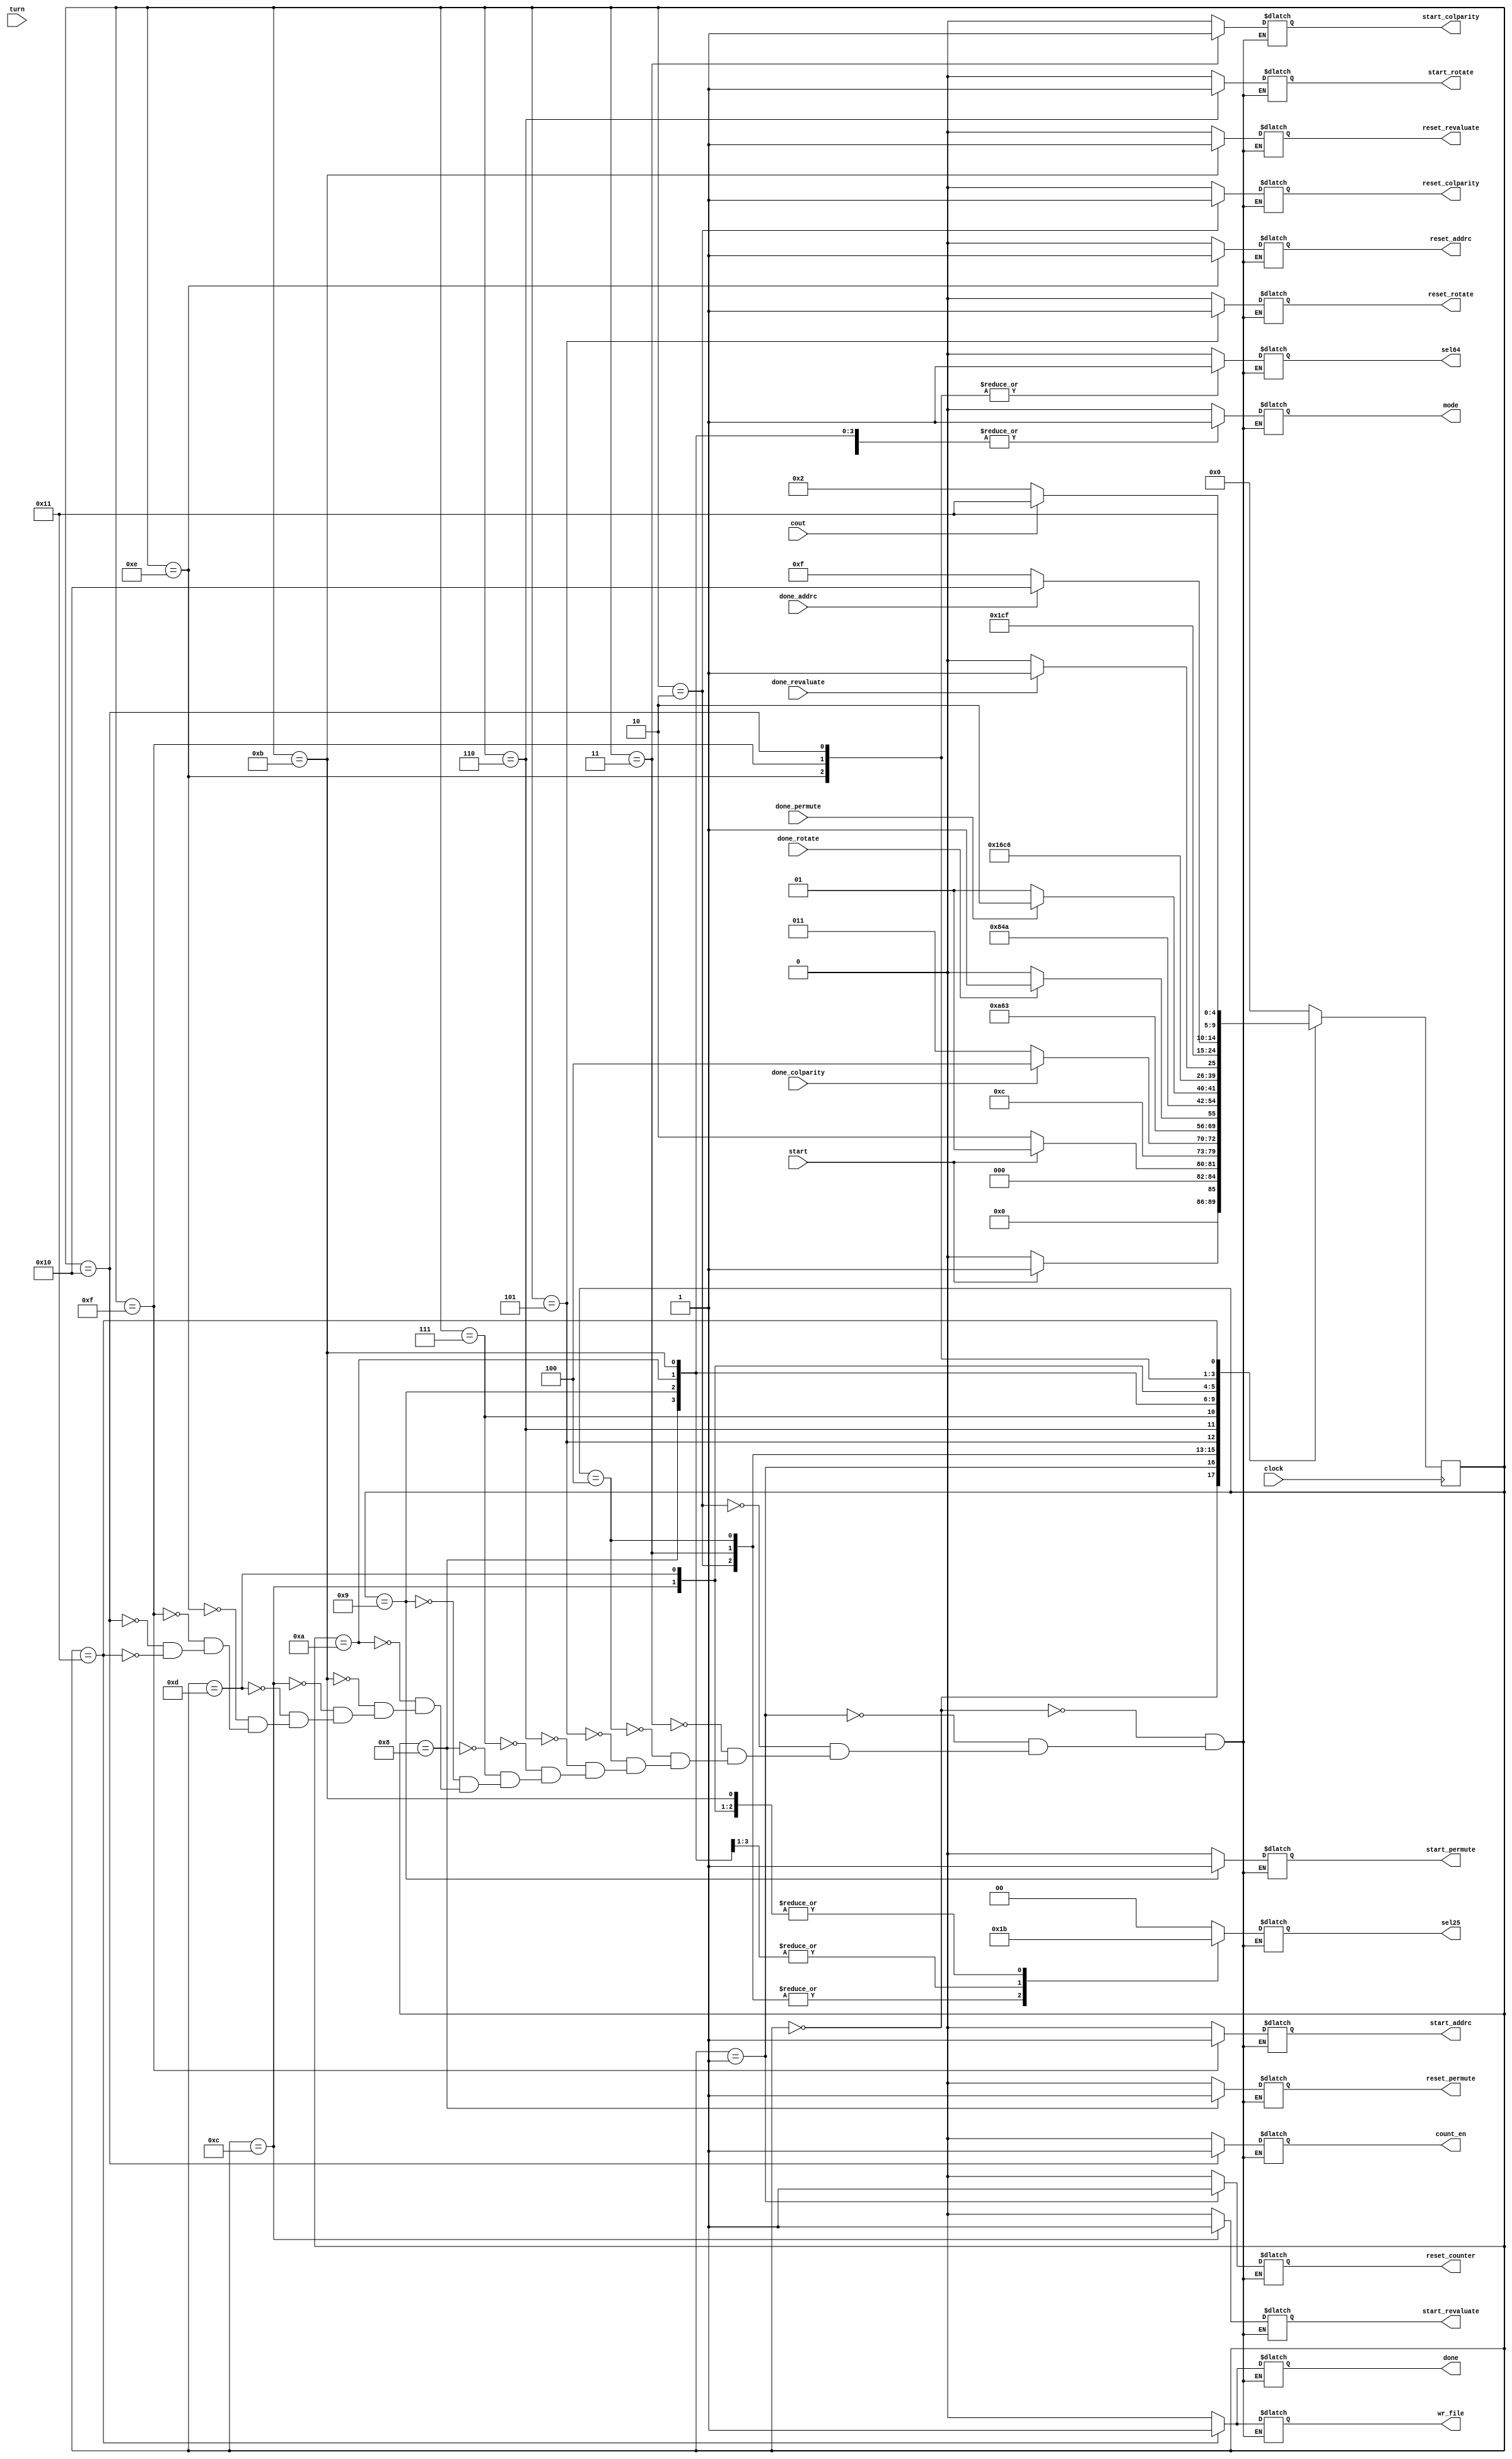
// In the Name of God

module cu
(
    input clock, start,
    input done_addrc, done_colparity, done_permute, done_revaluate, done_rotate,
    input [4 : 0] turn,
    input cout,
    output reg start_addrc, start_colparity, start_permute, start_revaluate, start_rotate,
    output reg reset_addrc, reset_colparity, reset_permute, reset_revaluate, reset_rotate,
    output reg mode, sel64,
    output reg [1 : 0] sel25,
    output reg wr_file,
    output reg done,
    output reg count_en,
    output reg reset_counter
);
    reg [4:0] ps, ns;
    parameter Idle = 0, Init = 1, ResetColParity = 2, StartColParity = 3, DoneColParity = 4, ResetRotate = 5, 
    StartRotate = 6, DoneRotate = 7, ResetPermute = 8, StartPermute = 9, DonePermute = 10, ResetRevaluate = 11, StartRevaluate = 12, DoneRevaluate = 13, 
    ResetAddRc = 14, StartAddRc = 15, DoneAddRc = 16, Finish = 17; 
    
    always @(posedge clock) begin
        ps <= ns; 
    end

    always @(ps, start, cout, done_addrc, done_colparity, done_permute, done_revaluate, done_rotate) begin
        ns = Idle;
        case (ps)
            Idle: ns = start ? Init : Idle;
            Init: ns = start ? Init : ResetColParity;
            ResetColParity: ns = StartColParity;
            StartColParity: ns = done_colparity ? DoneColParity : StartColParity;
            DoneColParity: ns = ResetRotate;

            ResetRotate: ns = StartRotate;
            StartRotate: ns = done_rotate ? DoneRotate : StartRotate;
            DoneRotate: ns = ResetPermute;

            ResetPermute: ns = StartPermute;
            StartPermute: ns = done_permute ? DonePermute : StartPermute;
            DonePermute: ns = ResetRevaluate;

            ResetRevaluate: ns = StartRevaluate;
            StartRevaluate: ns = done_revaluate ? DoneRevaluate : StartRevaluate;
            DoneRevaluate: ns = ResetAddRc;
    
            ResetAddRc: ns = StartAddRc;
            StartAddRc: ns = done_addrc ? DoneAddRc : StartAddRc;
            DoneAddRc: ns = cout ? Finish : ResetColParity;

            Finish: ns = Finish;
            default: ns = Idle;
        endcase
    end

    always @(ps,start,cout) begin

        case (ps)
            Idle:begin
                {start_addrc, start_colparity, start_permute, start_revaluate, start_rotate, reset_addrc, reset_colparity, reset_permute, reset_revaluate, reset_rotate, mode, sel64, wr_file, done, sel25, count_en, reset_counter} = 18'b00000_00000_000000_00;
            end

            Init:begin
                {start_addrc, start_colparity, start_permute, start_revaluate, start_rotate, reset_addrc, reset_colparity, reset_permute, reset_revaluate, reset_rotate, mode, sel64, wr_file, done, sel25, count_en, reset_counter} = 18'b00000_00000_000000_01;
            end
            
            ResetColParity:begin
                {start_addrc, start_colparity, start_permute, start_revaluate, start_rotate, reset_addrc, reset_colparity, reset_permute, reset_revaluate, reset_rotate, mode, sel64, wr_file, done, sel25, count_en, reset_counter} = 18'b00000_01000_100001_00;
            end
            
            StartColParity:begin
                {start_addrc, start_colparity, start_permute, start_revaluate, start_rotate, reset_addrc, reset_colparity, reset_permute, reset_revaluate, reset_rotate, mode, sel64, wr_file, done, sel25, count_en, reset_counter} = 18'b01000_00000_100001_00;
            end

            DoneColParity:begin
                {start_addrc, start_colparity, start_permute, start_revaluate, start_rotate, reset_addrc, reset_colparity, reset_permute, reset_revaluate, reset_rotate, mode, sel64, wr_file, done, sel25, count_en, reset_counter} =  18'b00000_00000_100001_00;                
            end

            ResetRotate:begin
                {start_addrc, start_colparity, start_permute, start_revaluate, start_rotate, reset_addrc, reset_colparity, reset_permute, reset_revaluate, reset_rotate, mode, sel64, wr_file, done, sel25, count_en, reset_counter} =  18'b00000_00001_000000_00;
            end
            
            StartRotate:begin
                {start_addrc, start_colparity, start_permute, start_revaluate, start_rotate, reset_addrc, reset_colparity, reset_permute, reset_revaluate, reset_rotate, mode, sel64, wr_file, done, sel25, count_en, reset_counter} =  18'b00001_00000_000000_00;
            end

            DoneRotate:begin
                {start_addrc, start_colparity, start_permute, start_revaluate, start_rotate, reset_addrc, reset_colparity, reset_permute, reset_revaluate, reset_rotate, mode, sel64, wr_file, done, sel25, count_en, reset_counter} =  18'b00000_00000_000000_00;
            end

            ResetPermute:begin
                {start_addrc, start_colparity, start_permute, start_revaluate, start_rotate, reset_addrc, reset_colparity, reset_permute, reset_revaluate, reset_rotate, mode, sel64, wr_file, done, sel25, count_en, reset_counter} =  18'b00000_00100_100010_00;
            end
            
            StartPermute:begin
                {start_addrc, start_colparity, start_permute, start_revaluate, start_rotate, reset_addrc, reset_colparity, reset_permute, reset_revaluate, reset_rotate, mode, sel64, wr_file, done, sel25, count_en, reset_counter} =  18'b00100_00000_100010_00;
            end

            DonePermute:begin
                {start_addrc, start_colparity, start_permute, start_revaluate, start_rotate, reset_addrc, reset_colparity, reset_permute, reset_revaluate, reset_rotate, mode, sel64, wr_file, done, sel25, count_en, reset_counter} =  18'b00000_00000_100010_00;
            end

            ResetRevaluate:begin
                {start_addrc, start_colparity, start_permute, start_revaluate, start_rotate, reset_addrc, reset_colparity, reset_permute, reset_revaluate, reset_rotate, mode, sel64, wr_file, done, sel25, count_en, reset_counter} =  18'b00000_00010_100011_00;
            end
            
            StartRevaluate:begin
                {start_addrc, start_colparity, start_permute, start_revaluate, start_rotate, reset_addrc, reset_colparity, reset_permute, reset_revaluate, reset_rotate, mode, sel64, wr_file, done, sel25, count_en, reset_counter} =  18'b00010_00000_100011_00;
            end

            DoneRevaluate:begin
                {start_addrc, start_colparity, start_permute, start_revaluate, start_rotate, reset_addrc, reset_colparity, reset_permute, reset_revaluate, reset_rotate, mode, sel64, wr_file, done, sel25, count_en, reset_counter} =  18'b00000_00000_100011_00;
            end

            ResetAddRc:begin
                {start_addrc, start_colparity, start_permute, start_revaluate, start_rotate, reset_addrc, reset_colparity, reset_permute, reset_revaluate, reset_rotate, mode, sel64, wr_file, done, sel25, count_en, reset_counter} =  18'b00000_10000_010000_00;
            end
            
            StartAddRc:begin
                {start_addrc, start_colparity, start_permute, start_revaluate, start_rotate, reset_addrc, reset_colparity, reset_permute, reset_revaluate, reset_rotate, mode, sel64, wr_file, done, sel25, count_en, reset_counter} =  18'b10000_00000_010000_00;
            end

            DoneAddRc:begin
                {start_addrc, start_colparity, start_permute, start_revaluate, start_rotate, reset_addrc, reset_colparity, reset_permute, reset_revaluate, reset_rotate, mode, sel64, wr_file, done, sel25, count_en, reset_counter} =  18'b00000_00000_010000_10;
            end

            Finish:begin
                {start_addrc, start_colparity, start_permute, start_revaluate, start_rotate, reset_addrc, reset_colparity, reset_permute, reset_revaluate, reset_rotate, mode, sel64, wr_file, done, sel25, count_en, reset_counter} = 18'b00000_00000_001100_00;
            end
        endcase
    end
    assign state = ps;

endmodule